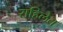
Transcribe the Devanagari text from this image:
राहिलेत